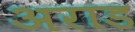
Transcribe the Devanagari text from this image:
अराड